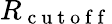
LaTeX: R_{\mathrm{~c~u~t~o~f~f~}}